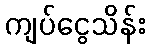
ကျပ်ငွေသိန်း